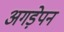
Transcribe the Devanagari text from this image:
अगड़ेपन